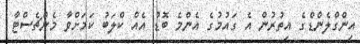
އިންގްލެންޑްގެ އިތުރުން އެ ގައުމުގެ އެންމެ ބޮޑު އެއް ކްލަބު ކަމަށްވާ މެންޗެސްޓާ